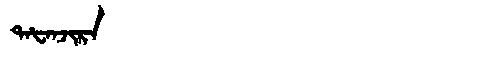
Manchu: ᡨᠠᡶᠠᠨᠵᡳᡵᠠ
Romanization: TAFANJIRA